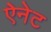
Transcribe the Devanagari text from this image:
ऐनेट